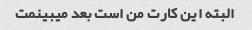
البته این کارت من است بعد میبینمت